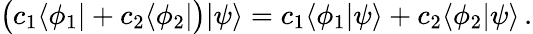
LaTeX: {\bigl(}c_{1}\langle\phi_{1}|+c_{2}\langle\phi_{2}|{\bigr)}|\psi\rangle=c_{1}\langle\phi_{1}|\psi\rangle+c_{2}\langle\phi_{2}|\psi\rangle\, .